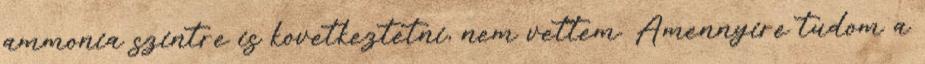
ammonia szintre is kovetkeztetni, nem vettem. Amennyire tudom a